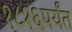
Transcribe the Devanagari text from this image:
१८१६पर्यंत